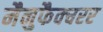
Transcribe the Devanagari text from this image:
मैनुफैक्चरर